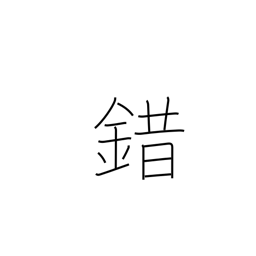
Meaning: confused